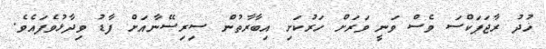
ޚުދު ރާޖަޕަކްސަ ވެސް ވަނީ ވަރަށް ހަރުކަށި އިބާރާތުން ސިރިސޭނާއަށް ފާޑު ވިދާޅުވެފައެވެ.